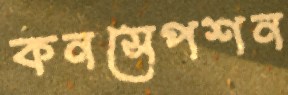
কনসেপশন